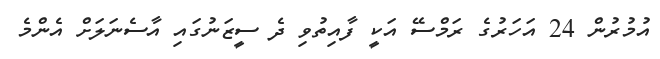
އުމުރުން 24 އަހަރުގެ ރަމްސޭ އަކީ ފާއިތުވި ދެ ސީޒަނުގައި އާސެނަލަށް އެންމެ